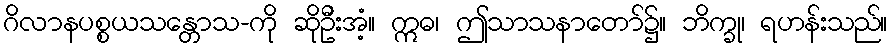
ဂိလာနပစ္စယသန္တောသ-ကို ဆိုဦးအံ့။ ဣဓ၊ ဤသာသနာတော်၌။ ဘိက္ခု၊ ရဟန်းသည်။